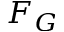
F _ { G }